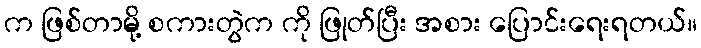
က ဖြစ်တာမို့ စကားတွဲက ကို ဖြုတ်ပြီး အစား ပြောင်းရေးရတယ်။